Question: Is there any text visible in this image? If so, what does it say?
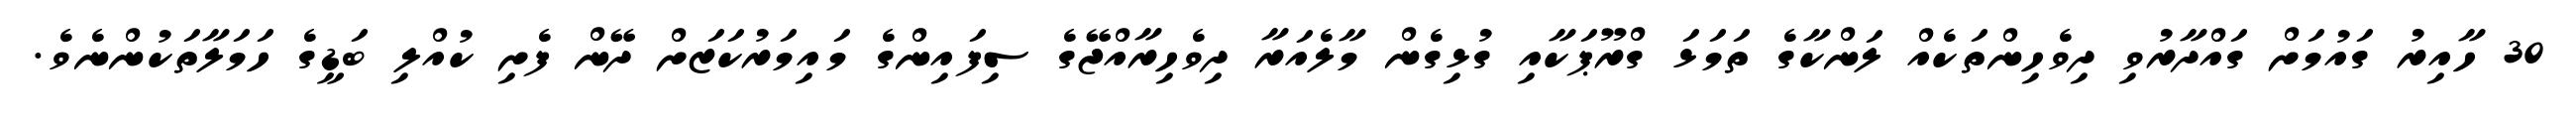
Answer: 30 ހާއިރު ގައުމަށް ގައްދާރުވި ދިވެހިންތަކެއް ލަންކާގެ ތަމަޅަ ގްރޫޕަކާއި ގުޅިގެން މާލެއަރާ ދިވެހިރާއްޖޭގެ ސިފައިންގެ މައިމަރުކަޒަށް ދޭން ފެށި ކުއްލި ބަޑީގެ ހަމަލާތަކުންނެވެ.